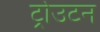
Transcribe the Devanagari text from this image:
ट्रोउटन